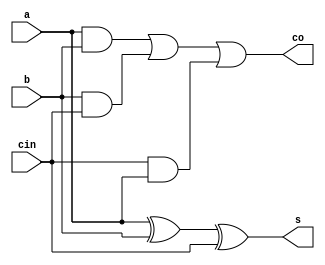
module full_adder_df (input a,b,cin,output s,co);

assign s = a^b^cin;
assign co = (a&b) | (b&cin) | (cin&a);
endmodule